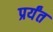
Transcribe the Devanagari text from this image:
प्रर्यंत